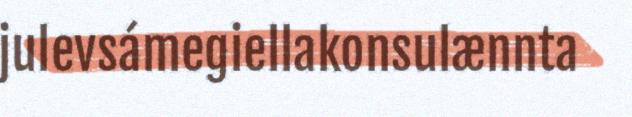
julevsámegiellakonsulænnta